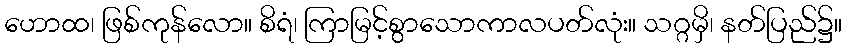
ဟောထ၊ ဖြစ်ကုန်လော။ စိရံ၊ ကြာမြင့်စွာသောကာလပတ်လုံး။ သဂ္ဂမှိ၊ နတ်ပြည်၌။